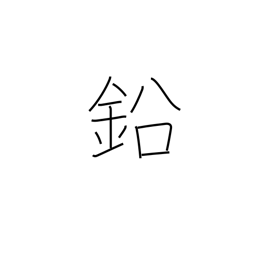
Meaning: lead